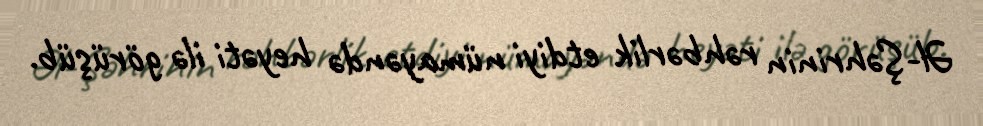
Əl-Şəhrinin rəhbərlik etdiyi nümayəndə heyəti ilə görüşüb.